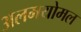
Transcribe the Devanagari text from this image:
अलमयोमल